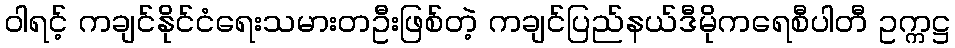
ဝါရင့် ကချင်နိုင်ငံရေးသမားတဦးဖြစ်တဲ့ ကချင်ပြည်နယ်ဒီမိုကရေစီပါတီ ဥက္ကဋ္ဌ